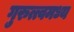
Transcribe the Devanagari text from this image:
गुरुत्त्वमध्य